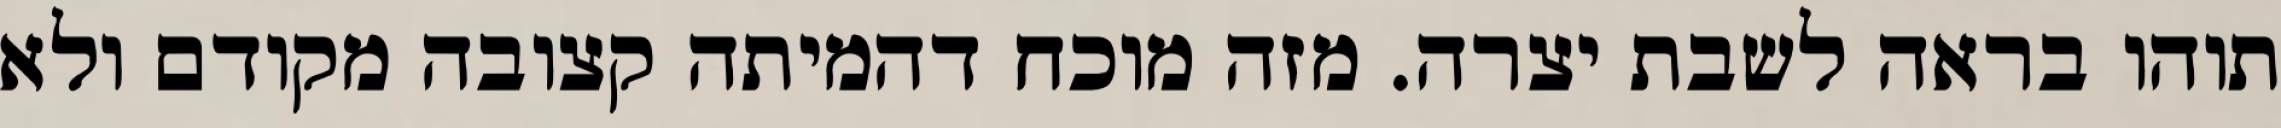
תוהו בראה לשבת יצרה. מזה מוכח דהמיתה קצובה מקודם ולא